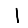
Digit: 1